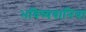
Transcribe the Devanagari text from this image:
भविष्यवानिया